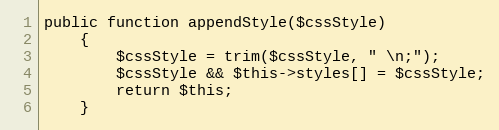
Language: PHP
public function appendStyle($cssStyle)
    {
        $cssStyle = trim($cssStyle, " \n;");
        $cssStyle && $this->styles[] = $cssStyle;
        return $this;
    }